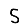
Digit: 5